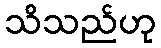
သိသည်ဟု